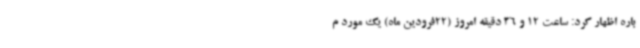
باره اظهار کرد: ساعت 12 و 36 دقیقه امروز (22فرودین ماه) یک مورد م